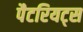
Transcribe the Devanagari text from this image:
पैटरियट्स